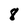
Character: 8